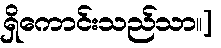
ရှိကောင်းသည်သာ၊၊]